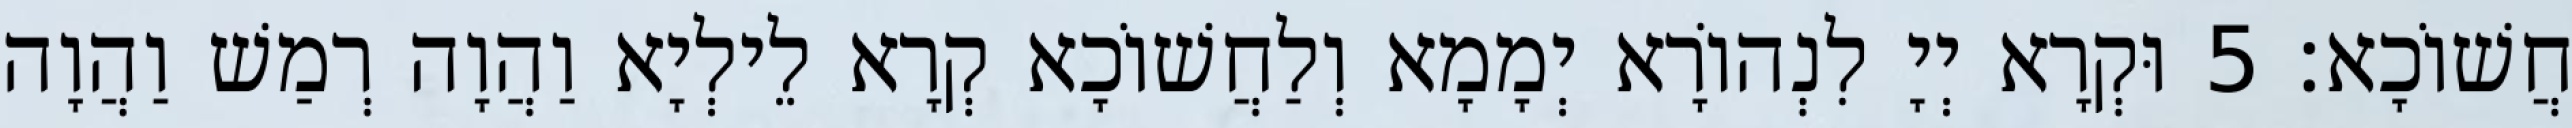
חֲשׁוֹכָא׃ 5 וּקְרָא יְיָ לִנְהוֹרָא יְמָמָא וְלַחֲשׁוֹכָא קְרָא לֵילְיָא וַהֲוָה רְמַשׁ וַהֲוָה